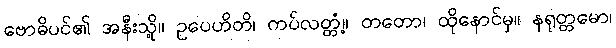
ဗောဓိပင်၏ အနီးသို့။ ဥပေဟိတိ၊ ကပ်လတ္တံ့။ တတော၊ ထိုနောင်မှ။ နရုတ္တမော၊